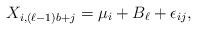
LaTeX: \begin{align*} X_{i,(\ell-1)b+j} = \mu_i + B_\ell + \epsilon_{ij},\end{align*}